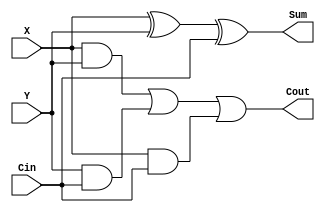
`timescale 1ns / 1ps

module FA(                  
    input X, Y, Cin,                    //input X, Y, Cin 
    output Sum, Cout                    //out Sum, Cout 
    );
    
    assign Sum= X^Y^Cin;               // Sum  input  1 1
    assign Cout=X&Y|Y&Cin|X&Cin;        // Cout XY+YCin+XCin
endmodule